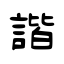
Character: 諧